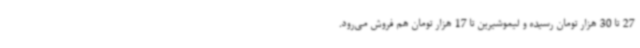
27 تا 30 هزار تومان رسیده و لیموشیرین تا 17 هزار تومان هم فروش می‌رود.